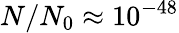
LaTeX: N/N_{0}\approx 10^{-48}